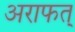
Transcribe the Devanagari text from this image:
अराफत्